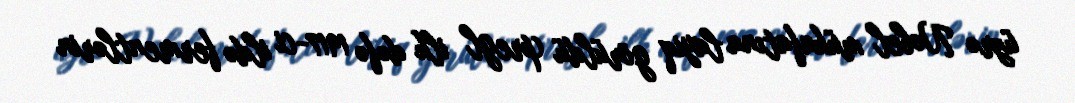
üzrə Nobel mükafatına layiq görüldü (pregl ilk dəfə 1917-ci ildə fermentlərin